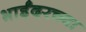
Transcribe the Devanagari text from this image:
भाईंदरच्या